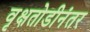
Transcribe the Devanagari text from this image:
वृक्षतोडीनंतर